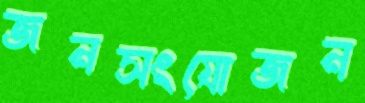
জনসংযোজন